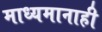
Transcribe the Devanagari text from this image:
माध्यमानाही